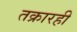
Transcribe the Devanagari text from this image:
तक्रारही